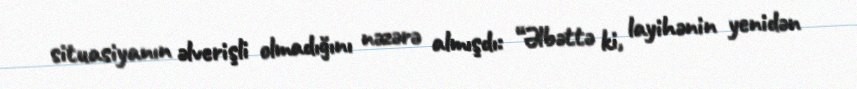
situasiyanın əlverişli olmadığını nəzərə almışdı: “Əlbəttə ki, layihənin yenidən